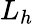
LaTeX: L_{h}